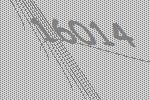
16014